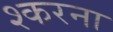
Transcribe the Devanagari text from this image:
श्करना